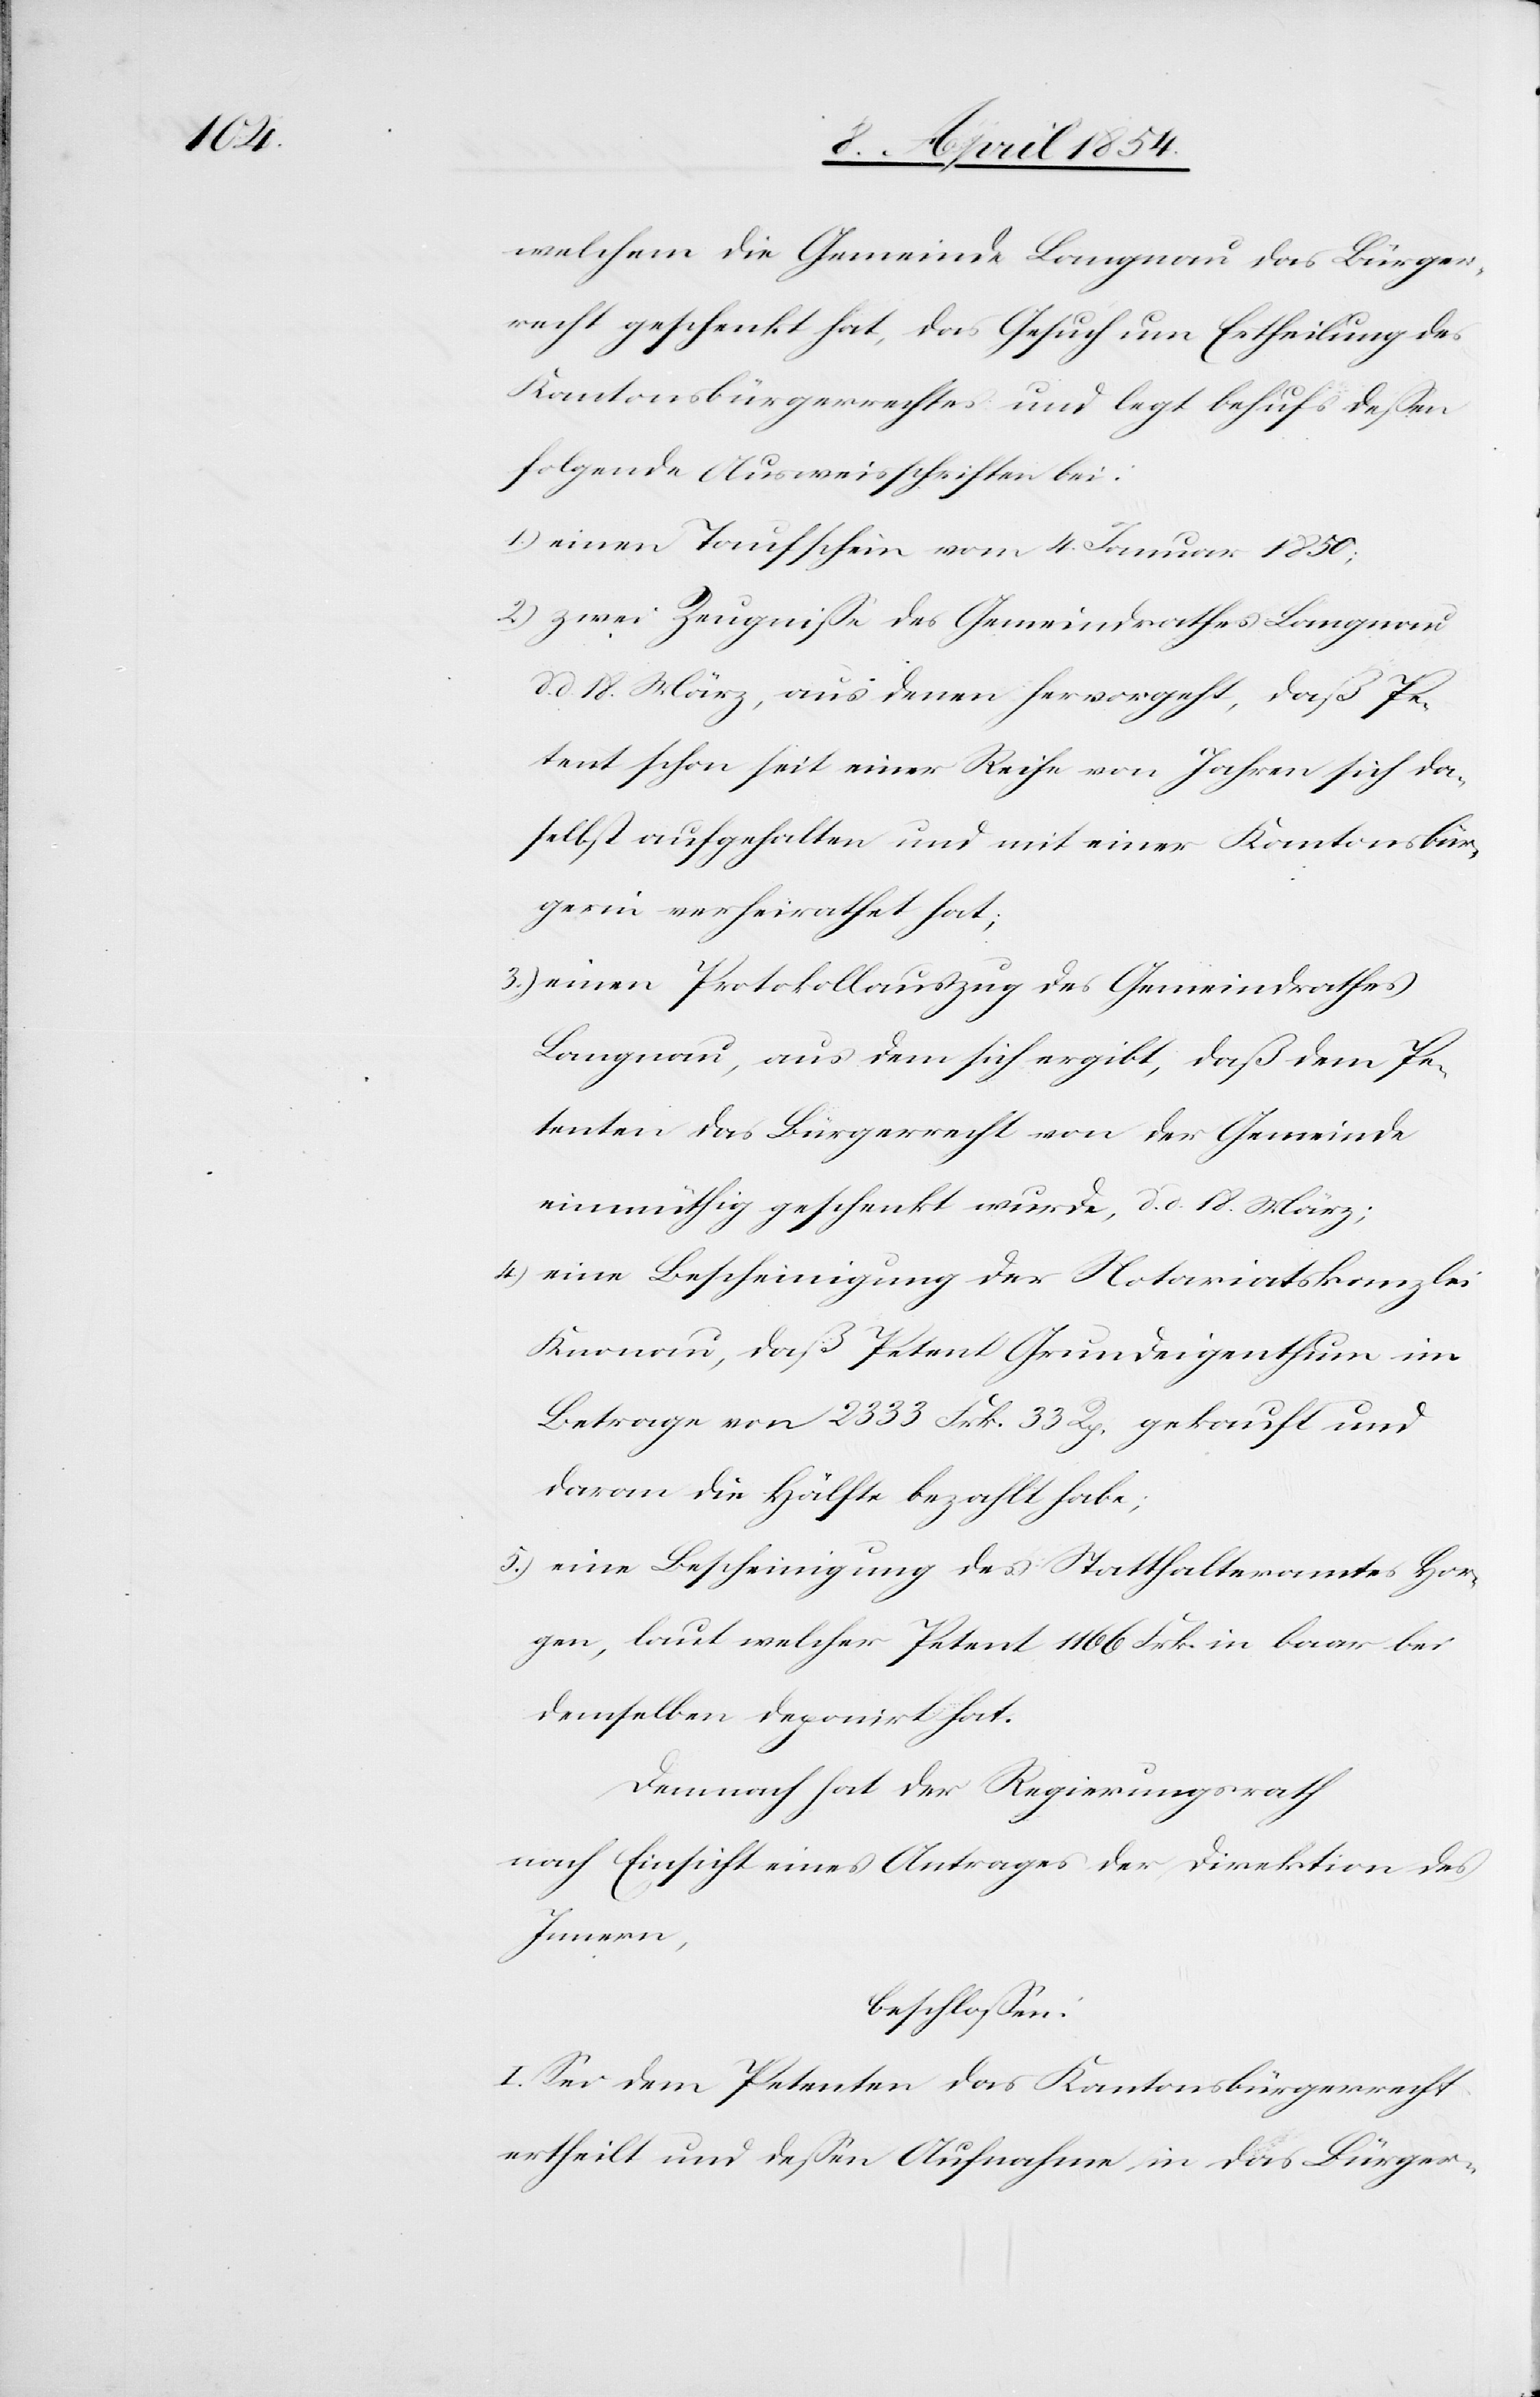
welchem die Gemeinde Langnau das Bürger¬
recht geschenkt hat, das Gesuch um Ertheilung des
Kantonsbürgerrechtes und legt behufs deßen
folgende Ausweisschriften bei:
1.) einen Taufschein vom 4. Januar 1850;
2.) zwei Zeugniße des Gemeindrathes Langnau
d. 18. März, aus denen hervorgeht, daß Pe¬
tent schon seit einer Reihe von Jahren sich da¬
selbst aufgehalten und mit einer Kantonsbür¬
gerin verheirathet hat;
3.) einen Protokollauszug des Gemeindrathes
Langnau, aus dem sich ergibt, daß dem Pe¬
tenten das Bürgerrecht von der Gemeinde
einmüthig geschenkt wurde, d. d. 18. März;
4.) eine Bescheinigung der Notariatskanzlei
Knonau, daß Petent Grundeigenthum im
Betrage von 2333 Frk. 33 Rp. gekauft und
daran die Hälfte bezahlt habe,
5.) eine Bescheinigung des Statthalteramtes Hor¬
gen, laut welcher Petent 1166 Frk. in baar bei
demselben deponirt hat.
Demnach hat der Regierungsrath
nach Einsicht eines Antrages der Direktion des
Innern,
beschloßen:
I. Sei dem Petenten das Kantonsbürgerrecht
ertheilt und deßen Aufnahme in das Bürger-